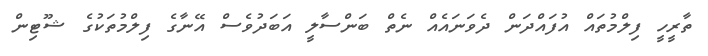
ތާރީހީ ފިލްމުތައް އުފައްދަން ދެވަނައެއް ނެތް ބަންސާލީ އަބަދުވެސް އޭނާގެ ފިލްމުތަކުގެ ޝޫޓިން